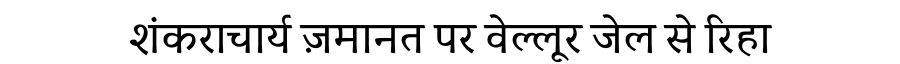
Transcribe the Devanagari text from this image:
शंकराचार्य ज़मानत पर वेल्लूर जेल से रिहा